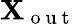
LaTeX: \mathbf{X}_{\mathrm{~o~u~t~}}